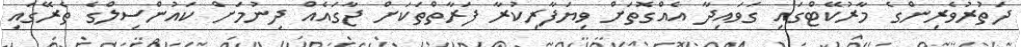
ދަތުރުވެރިންގެ މާރުކޭޓްގައި ގަވައިދާ އެއްގޮތަށް ވިޔަފާރިކުރާ ފަރާތްތަކަށް ޖާގައެއް ދިނުމަށް ކައުންސިލްގެ ތެރޭގައި